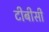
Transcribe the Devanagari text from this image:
टीबीसी